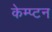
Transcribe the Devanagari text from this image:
केम्प्टन